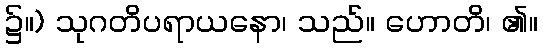
၌။) သုဂတိပရာယနော၊ သည်။ ဟောတိ၊ ၏။